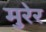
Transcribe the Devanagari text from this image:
मुरेर